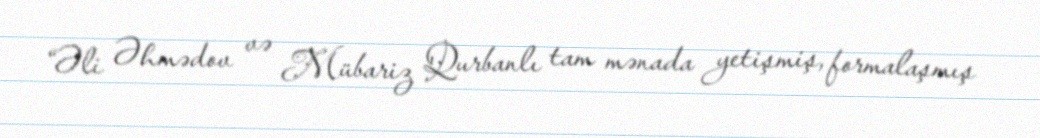
“Əli Əhmədov və Mübariz Qurbanlı tam mənada yetişmiş, formalaşmış